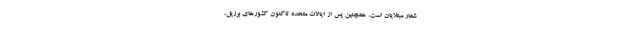
شمار مبتلایان است. همچنین پس از ایالات متحده تاکنون کشورهای برزیل،